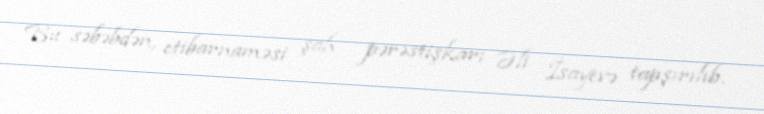
Bu səbəbdən, etibarnaməsi şah pərəstişkarı Əli İsayevə tapşırılıb.